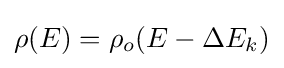
\rho (E)=\rho _{o}(E-\Delta E_{k})